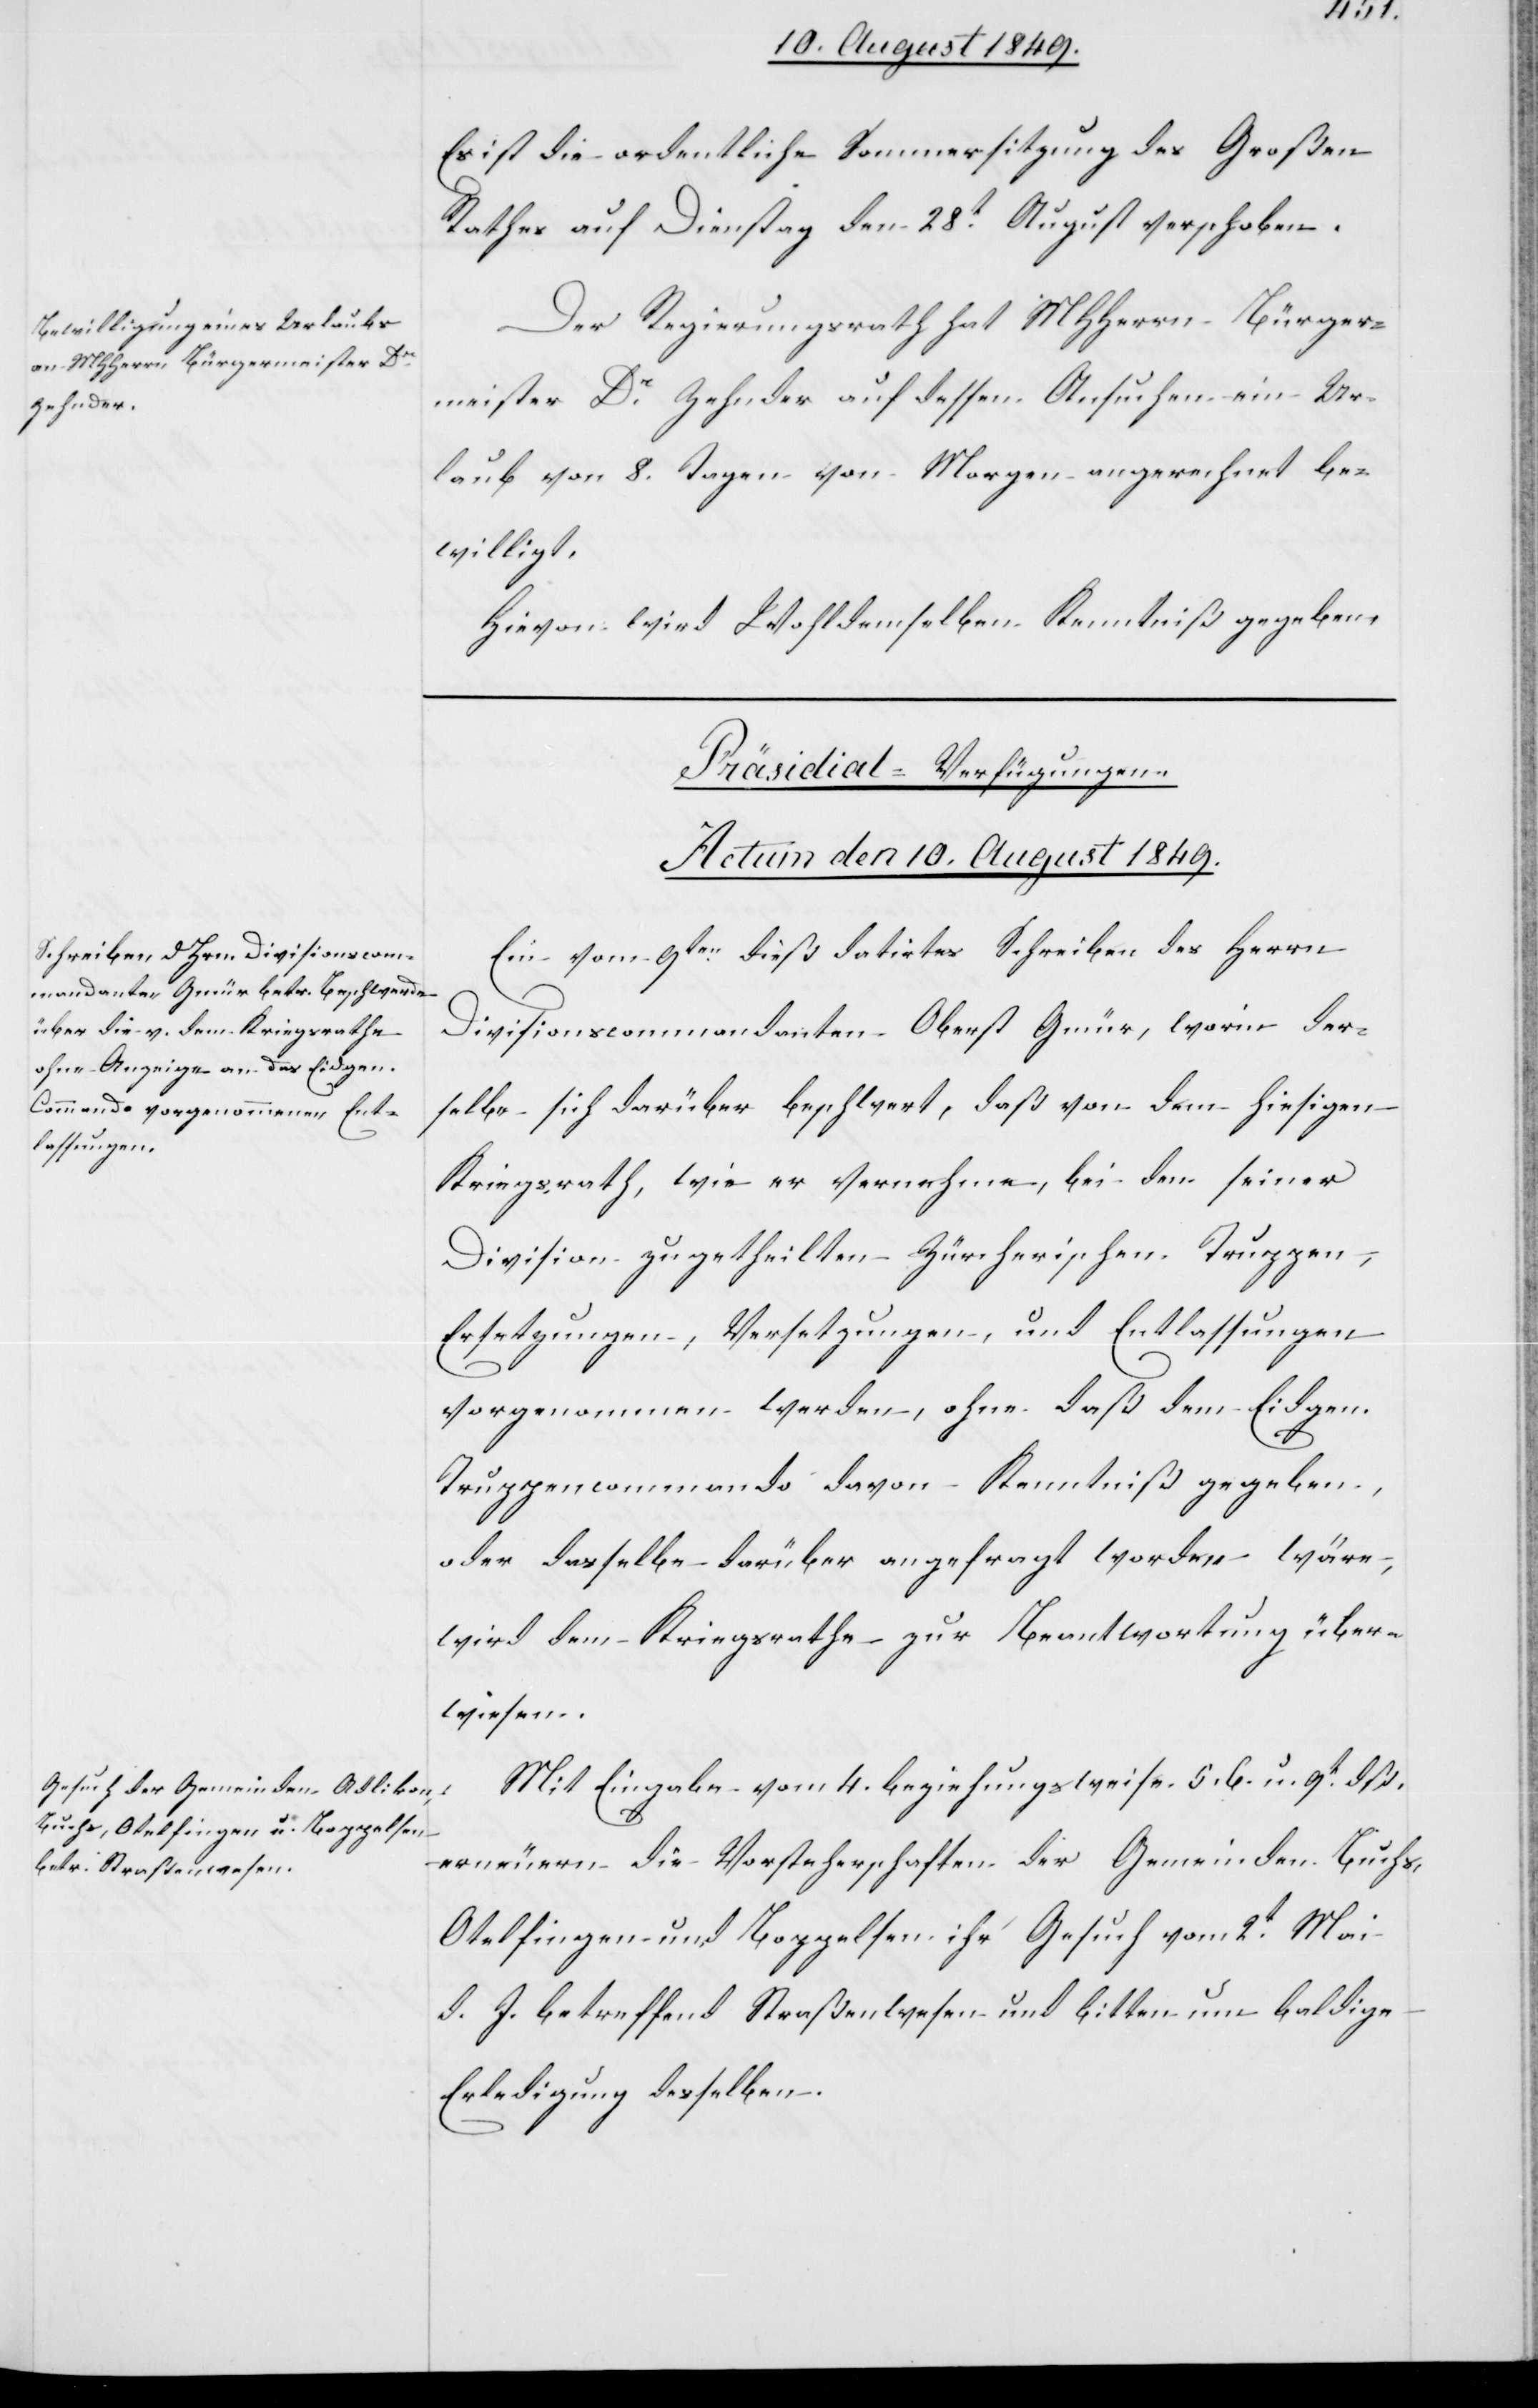
Es ist die ordentliche Sommersitzung des Großen
Rathes auf Dienstag den 28t August verschoben.
Der Regierungsrath hat MHHerrn Bürger¬
meister Dr Zehnder auf dessen Ansuchen ein Ur¬
laub von 8. Tagen von Morgen angerechnet be¬
willigt.
Hievon wird Wohldemselben Kenntniß gegeben.
[Präsidial-Verfügungen.
Actum den 10. August 1849.]
Ein vom 9ten dieß datirtes Schreiben des Herrn
Divisionscommandanten Oberst Gmür, worin der¬
selbe sich darüber beschwert, daß von dem hiesigen
Kriegsrath, wie er vernehme, bei den seiner
Division zugetheilten Zürcherischen Truppen,
Ersetzungen, Versetzungen, und Entlassungen
vorgenommen werden, ohne daß dem Eidgen.
Truppencommando davon Kenntniß gegeben,
oder dasselbe darüber angefragt worden wäre,
wird dem Kriegsrathe zur Beantwortung über¬
wiesen.
Mit Eingabe vom 4. beziehungsweise 5. 6. u. 9t dß.
erneuern die Vorsteherschaften der Gemeinden Buchs,
Otelfingen und Boppelsen ihr Gesuch vom 2t Mai
d. J. betreffend Straßenwesen und bitten um baldige
Erledigung desselben.